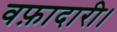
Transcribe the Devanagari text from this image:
वफ़ादारी।